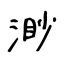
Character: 渺